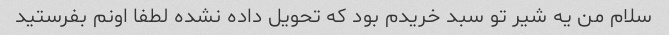
سلام من یه شیر تو سبد خریدم بود که تحویل داده نشده لطفا اونم بفرستید